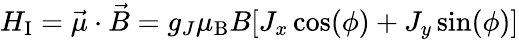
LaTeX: H_{\mathrm{I}}=\vec{\mu}\cdot\vec{B}=g_{J}\mu_{\mathrm{B}}B[J_{x}\cos(\phi)+J_{y}\sin(\phi)]